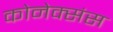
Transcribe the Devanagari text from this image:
कोनेक्संस